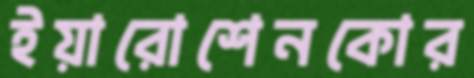
ইয়ারোশেনকোর